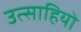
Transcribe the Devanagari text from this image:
उत्साहियो